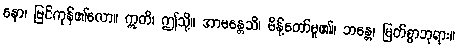
နော၊ မြင်ကုန်၏လော။ ဣတိ၊ ဤသို့။ အာမန္တေသိ၊ မိန့်တော်မူ၏။ ဘန္တေ၊ မြတ်စွာဘုရား။